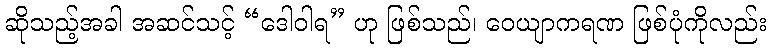
ဆိုသည့်အခါ အဆင်သင့် “ဒေါဝါရ” ဟု ဖြစ်သည်၊ ဝေယျာကရဏ ဖြစ်ပုံကိုလည်း